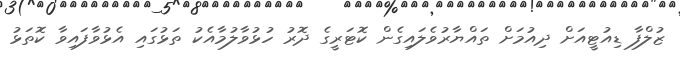
ޒުލްފާ ޑިއުޓީއަށް ދިއުމަށް ތައްޔާރުވެލައިގެން ކޮޓަރީގެ ދޮރު ހުޅުވާލުމާއެކު ތަޅުގައި އެޅުވާފައިވާ ކޮތަޅު